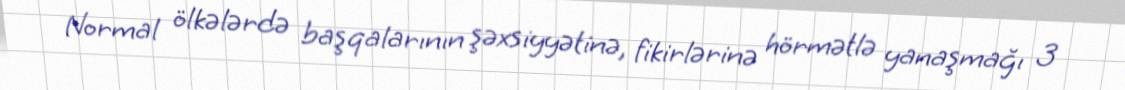
Normal ölkələrdə başqalarının şəxsiyyətinə, fikirlərinə hörmətlə yanaşmağı 3